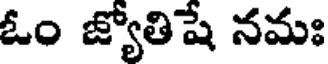
ఓం జ్యోతిషే నమః